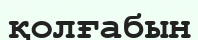
қолғабын